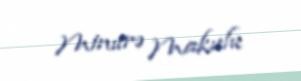
Minurə Makulu